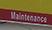
maintenance